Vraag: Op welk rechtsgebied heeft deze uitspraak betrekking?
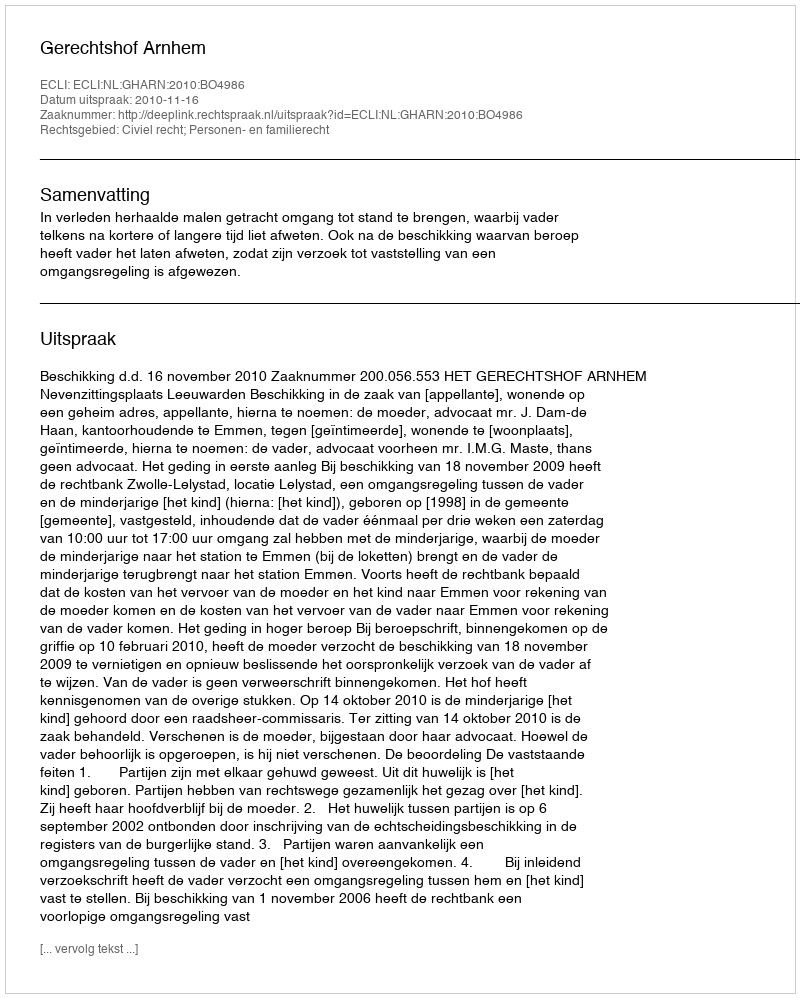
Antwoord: Civiel recht; Personen- en familierecht